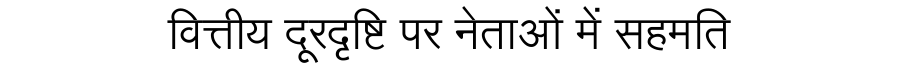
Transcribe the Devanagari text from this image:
वित्तीय दूरदृष्टि पर नेताओं में सहमति